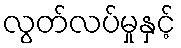
လွတ်လပ်မှုနှင့်